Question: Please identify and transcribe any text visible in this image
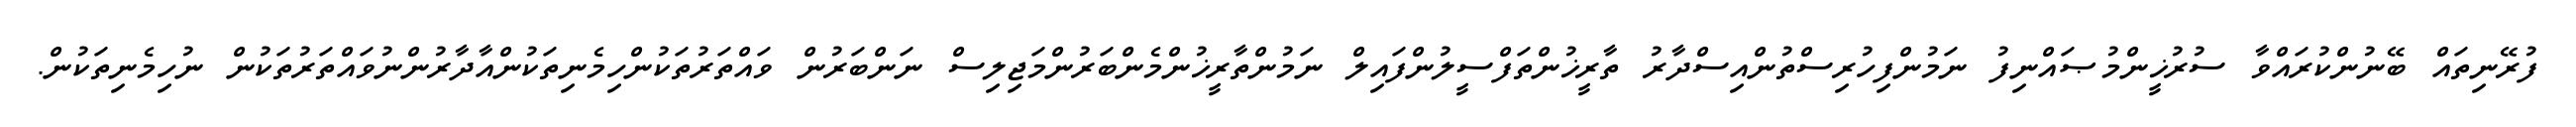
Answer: ފުރޭނިތައް ބޭނުންކުރައްވާ ސުރުޚީންމުޞައްނިފު ނަމުންފިހުރިސްތުންއިސްދާރު ތާރީޚުންތަފްސީލުންފައިލް ނަމުންތާރީޚުންމެންބަރުންމަޖިލިސް ނަންބަރުން ވައްތަރުތަކުންހިމެނިތަކުންއާދާރުންނުވައްތަރުތަކުން ނުހިމެނިތަކުން.